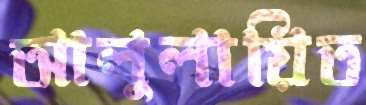
আলুলায়িত